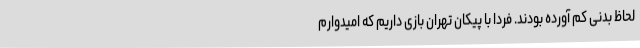
لحاظ بدنی کم آورده بودند. فردا با پیکان تهران بازی داریم که امیدوارم